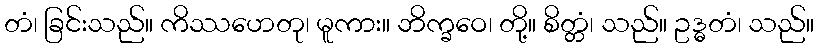
တံ၊ ခြင်းသည်။ ကိဿဟေတု၊ မူကား။ ဘိက္ခဝေ၊ တို့။ စိတ္တံ၊ သည်။ ဥဒ္ဓတံ၊ သည်။